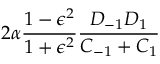
2 \alpha \frac { 1 - \epsilon ^ { 2 } } { 1 + \epsilon ^ { 2 } } \frac { D _ { - 1 } D _ { 1 } } { C _ { - 1 } + C _ { 1 } }